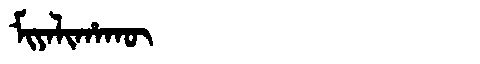
Manchu: ᠮᡳᠶᠠᠯᡳᡥᠠᡴᡡ
Romanization: MIYALIHAKŪ